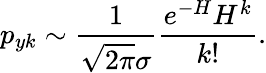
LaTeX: p_{yk}\sim\frac{1}{\sqrt{2\pi}\sigma}\frac{e^{-H}H^{k}}{k!}.